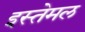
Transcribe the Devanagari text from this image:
इस्तेमल